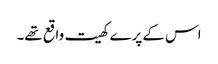
اس کے پرے کھیت واقع تھے۔